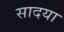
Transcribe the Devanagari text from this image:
सादया